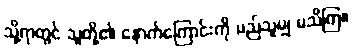
သို့ရာတွင် သူတို့၏ နောက်ကြောင်းကို မည်သူမျှ မသိကြ။